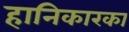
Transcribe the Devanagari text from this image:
हानिकारका